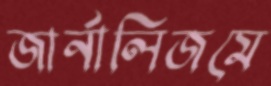
জার্নালিজমে